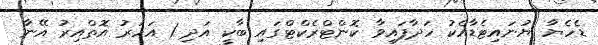
ޑެހެޔާ ޔުނައިޓެޑާއެކު ހަދާފައިވާ ކޮންޓްރެކްޓްގައި ބާކީ އަދި 1 އަހަރު އޮތްއިރު އޭނާ